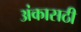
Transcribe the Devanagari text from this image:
अंकासठी